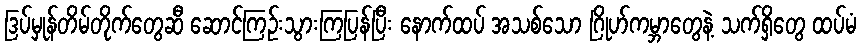
ဒြပ်မှုန်တိမ်တိုက်တွေဆီ ဆောင်ကြဉ်းသွားကြပြန်ပြီး နောက်ထပ် အသစ်သော ဂြိုဟ်ကမ္ဘာတွေနဲ့ သက်ရှိတွေ ထပ်မံ